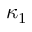
\kappa _ { 1 }